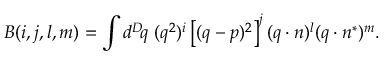
B ( i , j , l , m ) = \int d ^ { D } \! q \; ( q ^ { 2 } ) ^ { i } \left[ ( q - p ) ^ { 2 } \right] ^ { j } ( q \cdot n ) ^ { l } ( q \cdot n ^ { * } ) ^ { m } .